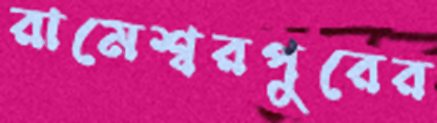
রামেশ্বরপুরের